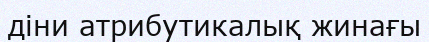
діни атрибутикалық жинағы